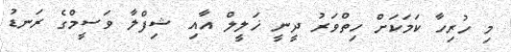
މި ހުރިހާ ކަމަކަށް ހިތްވަރު ދީނީ ޚަލީލް އާއި ޝިފްލާ ވަސީމްގެ ރަނޑު